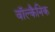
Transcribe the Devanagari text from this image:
वॉल्कैनिक